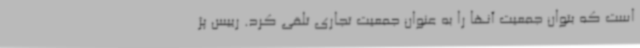
است که بتوان جمعیت آنها را به عنوان جمعیت تجاری تلقی کرد. رییس پژ